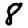
Digit: 8